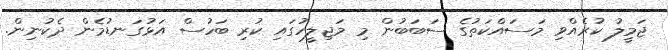
ޖަމީލު ކުރެއްވި މަސައްކަތުގެ ސަބަބުން މި މަޖިލީހުގައި ކުރި ބަހުސް އަޅުގަނޑުމެން ދެކުނިން.